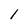
Character: 1